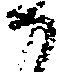
か